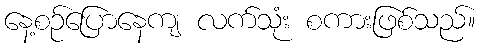
နေ့စဉ်ပြောနေကျ လက်သုံး စကားဖြစ်သည်။